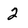
Character: 2